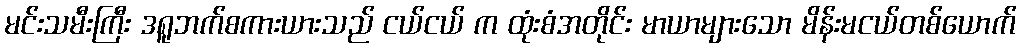
မင်းသမီးကြီး ဒရူဘက်စကားယားသည် ငယ်ငယ် က ထုံးစံအတိုင်း မာယာများသော မိန်းမငယ်တစ်ယောက်